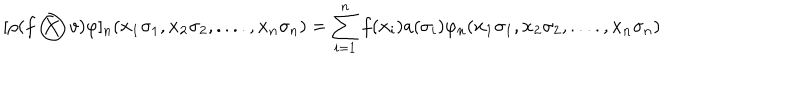
[ \rho ( f \bigotimes v ) \varphi ] _ { n } ( { \bf { x _ { 1 } } } \sigma _ { 1 } , { \bf { x _ { 2 } } } \sigma _ { 2 } , . . . . , { \bf { x _ { n } } } \sigma _ { n } ) = \sum _ { i = 1 } ^ { n } f ( { \bf { x _ { i } } } ) a ( \sigma _ { i } ) \varphi _ { n } ( { \bf { x _ { 1 } } } \sigma _ { 1 } , { \bf { x _ { 2 } } } \sigma _ { 2 } , . . . . , { \bf { x _ { n } } } \sigma _ { n } )